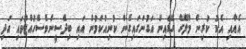
އެއާއި އެކު ކުރިން މާލޭގެ ގޭގެއިން އަގުނަގައިގެން ކުނިއުކަމުން އައި ބިދޭސީންވެސްހުއްޓުވައި އަދި